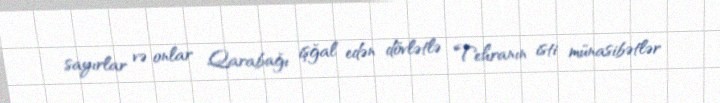
sayırlar və onlar Qarabağı işğal edən dövlətlə Tehranın isti münasibətlər